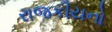
રાજકીયનો